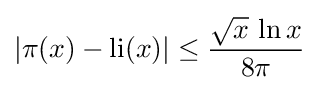
|\pi (x)-{\rm {li}}(x)|\leq {\frac {{\sqrt {x}}\,\ln x}{8\pi }}